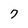
Character: 7